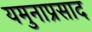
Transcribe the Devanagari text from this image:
यमुनाप्रसाद